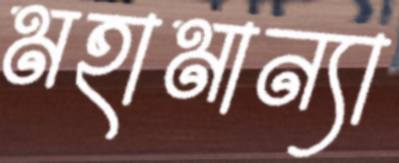
মহামান্যা